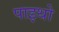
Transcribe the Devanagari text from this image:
पाइथो